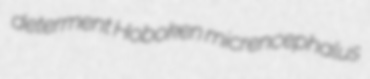
determent Hoboken micrencephalus